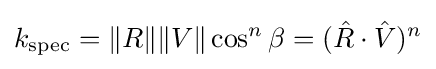
k_{\mathrm {spec} }=\|R\|\|V\|\cos ^{n}\beta =({\hat {R}}\cdot {\hat {V}})^{n}